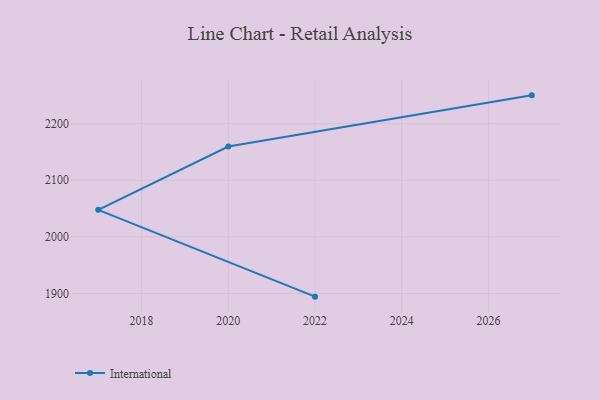
{"axis": {"x": "Year", "y": "Active Users"}, "legend": ["International"], "data": [{"x": "2022", "y": 1894.3, "type": "International"}, {"x": "2017", "y": 2047.7, "type": "International"}, {"x": "2020", "y": 2159.6, "type": "International"}, {"x": "2027", "y": 2250.0, "type": "International"}]}